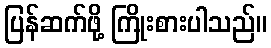
ပြန်ဆက်ဖို့ ကြိုးစားပါသည်။